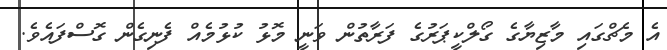
އެ މެޗްގައި މާޒިޔާގެ ގޯލްކީޕަރުގެ ފަރާތުން ވަނީ މޮޅު ކުޅުމެއް ފެނިގެން ގޮސްފައެވެ.